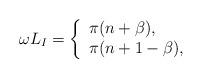
LaTeX: \begin{align*}\omega L_I=\left\{ \begin{array}{ll} \pi (n+\beta),\\ \pi (n+1-\beta), \end{array} \right.\end{align*}